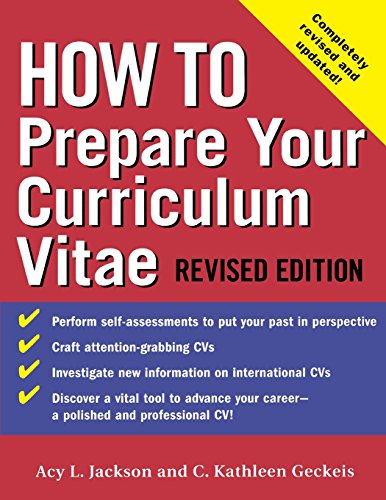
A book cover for How to Prepare Your Curriculum Vitae (How To?series); Acy Jackson; Business & Money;